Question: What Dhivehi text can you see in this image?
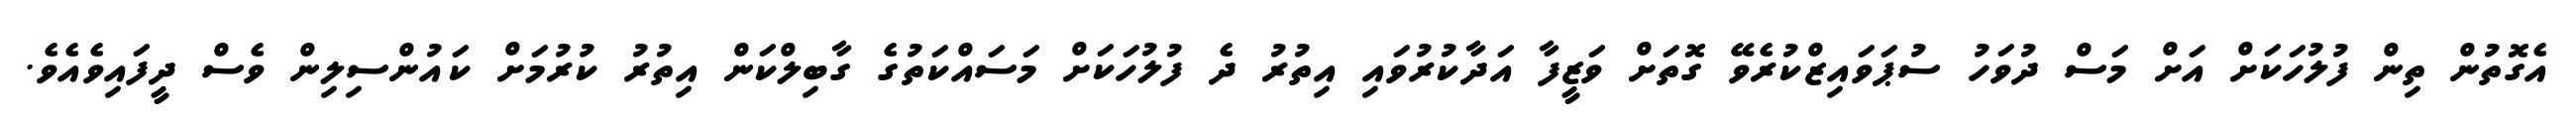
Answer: އެގޮތުން ތިން ފުލުހަކަށް އަށް މަސް ދުވަހު ސުޕަވައިޒްކުރެވޭ ގޮތަށް ވަޒީފާ އަދާކުރުވައި އިތުރު ދެ ފުލުހަކަށް މަސައްކަތުގެ ގާބިލްކަން އިތުރު ކުރުމަށް ކައުންސިލިން ވެސް ދީފައިވެއެވެ.